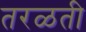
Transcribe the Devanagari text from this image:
तरळती